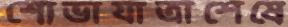
শোভাযাত্রাশেষে